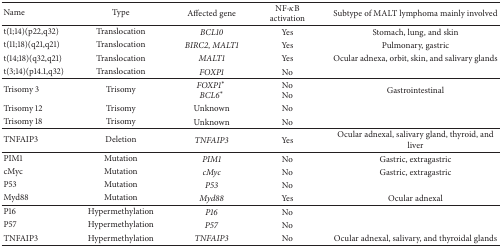
<table><thead><tr><td><b>Name</b></td><td><b>Type</b></td><td><b>Affected gene</b></td><td><b>NF-<i>κ</i>B activation</b></td><td><b>Subtype of MALT lymphoma mainly involved</b></td></tr></thead><tbody><tr><td>t(1;14)(p22,q32)</td><td>Translocation</td><td><i>BCL10 </i></td><td>Yes</td><td>Stomach, lung, and skin</td></tr><tr><td>t(11;18)(q21,q21)</td><td>Translocation</td><td><i>BIRC2</i>, <i>MALT1 </i></td><td>Yes</td><td>Pulmonary, gastric</td></tr><tr><td>t(14;18)(q32,q21)</td><td>Translocation</td><td><i>MALT1 </i></td><td>Yes</td><td>Ocular adnexa, orbit, skin, and salivary glands</td></tr><tr><td>t(3;14)(p14.1,q32)</td><td>Translocation</td><td><i>FOXP1 </i></td><td>No</td><td> </td></tr><tr><td>Trisomy 3</td><td>Trisomy</td><td><i>FOXP1<sup>*</sup></i> <i>BCL6<sup>*</sup></i></td><td>NoNo</td><td>Gastrointestinal</td></tr><tr><td>Trisomy 12</td><td>Trisomy</td><td>Unknown</td><td>No</td><td> </td></tr><tr><td>Trisomy 18</td><td>Trisomy</td><td>Unknown</td><td>No</td><td> </td></tr><tr><td>TNFAIP3</td><td>Deletion</td><td><i>TNFAIP3 </i></td><td>Yes</td><td>Ocular adnexal, salivary gland, thyroid, and liver</td></tr><tr><td>PIM1</td><td>Mutation</td><td><i>PIM1 </i></td><td>No</td><td>Gastric, extragastric</td></tr><tr><td>cMyc</td><td>Mutation</td><td><i>cMyc </i></td><td>No</td><td>Gastric, extragastric</td></tr><tr><td>P53</td><td>Mutation</td><td><i>P53 </i></td><td>No</td><td> </td></tr><tr><td>Myd88</td><td>Mutation</td><td><i>Myd88 </i></td><td>Yes</td><td>Ocular adnexal</td></tr><tr><td>P16</td><td>Hypermethylation</td><td><i>P16 </i></td><td>No</td><td> </td></tr><tr><td>P57</td><td>Hypermethylation</td><td><i>P57 </i></td><td>No</td><td> </td></tr><tr><td>TNFAIP3</td><td>Hypermethylation</td><td><i>TNFAIP3 </i></td><td>No</td><td>Ocular adnexal, salivary, and thyroidal glands</td></tr></tbody></table>